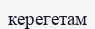
керегетам